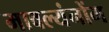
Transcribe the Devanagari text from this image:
मावल्यंनोंग